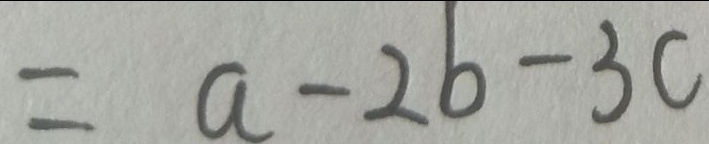
= a - 2 b - 3 c